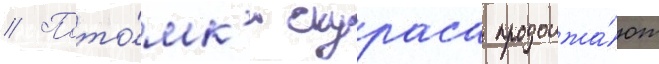
// Пото́мк'и скураса продолжа́ют